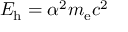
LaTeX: E _ { \mathrm { h } } = \alpha ^ { 2 } m _ { \mathrm { e } } c ^ { 2 }